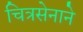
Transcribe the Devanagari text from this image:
चित्रसेनाने